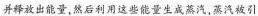
并释放出能量，然后利用这些能量生成蒸汽，蒸汽被引